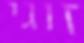
זוגי